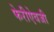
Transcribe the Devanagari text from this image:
फेरीऐवजी